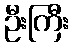
ဦးကြီး